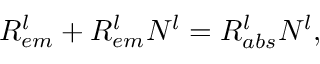
R _ { e m } ^ { l } + R _ { e m } ^ { l } N _ { } ^ { l } = R _ { a b s } ^ { l } N _ { } ^ { l } ,